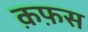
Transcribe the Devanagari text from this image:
क़फ़स